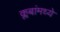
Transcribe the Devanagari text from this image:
क्लबांमध्ये